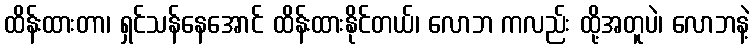
ထိန်းထားတာ၊ ရှင်သန်နေအောင် ထိန်းထားနိုင်တယ်၊ လောဘ ကလည်း ထို့အတူပဲ၊ လောဘနဲ့